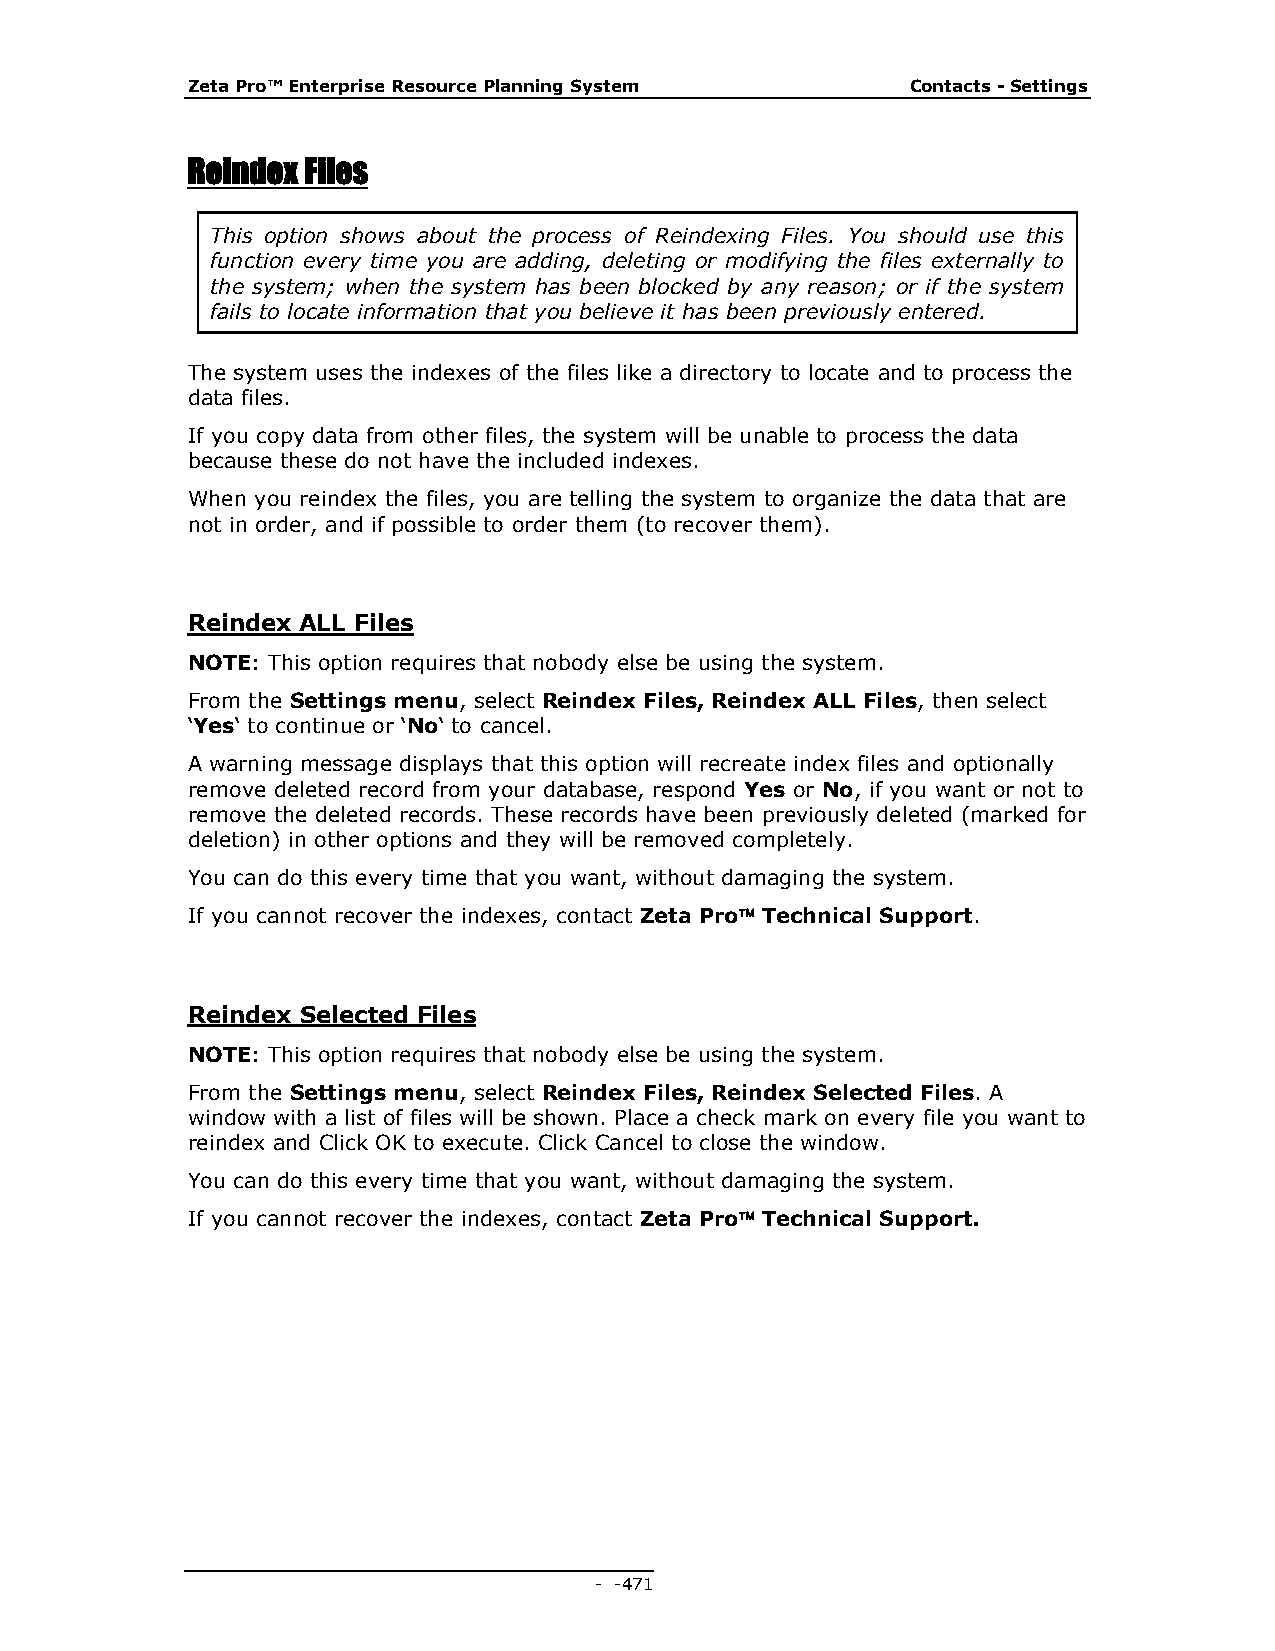
Zeta Pro™ Enterprise Resource Planning System   Contacts - Settings
 Reindex Files
 This option shows about the process of Reindexing Files. You should use this
 function every time you are adding, deleting or modifying the files externally to
 the system; when the system has been blocked by any reason; or if the system
 fails to locate information that you believe it has been previously entered.
 The system uses the indexes of the files like a directory to locate and to process the
 data files.
 If you copy data from other files, the system will be unable to process the data
 because these do not have the included indexes.
 When you reindex the files, you are telling the system to organize the data that are
 not in order, and if possible to order them (to recover them).
 Reindex ALL Files
 NOTE: This option requires that nobody else be using the system.
 From the Settings menu, select Reindex Files, Reindex ALL Files, then select
 ‘Yes‘ to continue or ‘No‘ to cancel.
 A warning message displays that this option will recreate index files and optionally
 remove deleted record from your database, respond Yes or No, if you want or not to
 remove the deleted records. These records have been previously deleted (marked for
 deletion) in other options and they will be removed completely.
 You can do this every time that you want, without damaging the system.
 If you cannot recover the indexes, contact Zeta Pro Technical Support.
 Reindex Selected Files
 NOTE: This option requires that nobody else be using the system.
 From the Settings menu, select Reindex Files, Reindex Selected Files. A
 window with a list of files will be shown. Place a check mark on every file you want to
 reindex and Click OK to execute. Click Cancel to close the window.
 You can do this every time that you want, without damaging the system.
 If you cannot recover the indexes, contact Zeta Pro Technical Support.
 - - 471